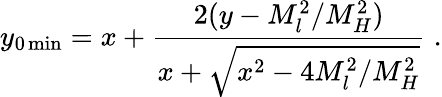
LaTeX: y_{0\operatorname*{min}}=x+\frac{2(y-M_{l}^{2}/M_{H}^{2})}{x+\sqrt{x^{2}-4M_{l}^{2}/M_{H}^{2}}}\; .